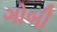
ગોબી